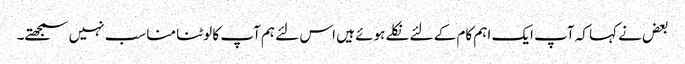
بعض نے کہا کہ آپ ایک اہم کام کے لئے نکلے ہوئے ہیں اس لئے ہم آپ کا لوٹنا مناسب نہیں سمجھتے۔